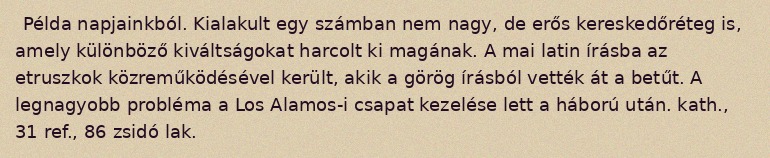
Példa napjainkból. Kialakult egy számban nem nagy, de erős kereskedőréteg is, amely különböző kiváltságokat harcolt ki magának. A mai latin írásba az etruszkok közreműködésével került, akik a görög írásból vették át a betűt. A legnagyobb probléma a Los Alamos-i csapat kezelése lett a háború után. kath., 31 ref., 86 zsidó lak.